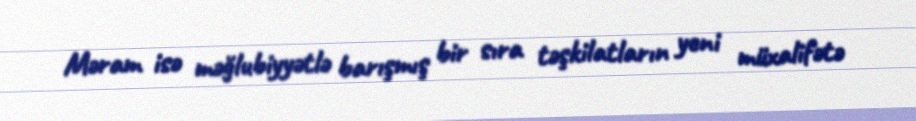
Məram isə məğlubiyyətlə barışmış bir sıra təşkilatların yeni müxalifətə